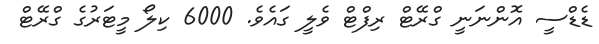
ޑެޑްސީ އޮންނަނީ ގްރޭޓް ރިފްޓް ވެލީ ގައެވެ. 6000 ކިލޯ މީޓަރުގެ ގްރޭޓް